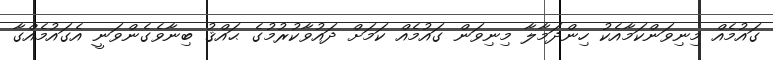
ގައުމެއް މިނިވަންކަމާއެކު ހިންދަމާލާ މިނިވަން ގައުމެއް ކަމަށް ދައުވާކުރުމުގެ ޙައްޤު ބިނާވެގެންވަނީ އެގައުމެއްގާ